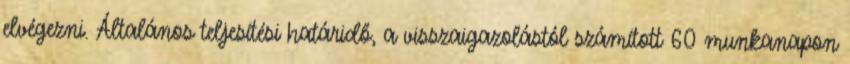
elvégezni. Általános teljesítési határidő, a visszaigazolástól számított 60 munkanapon